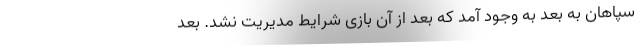
سپاهان به بعد به وجود آمد که بعد از آن بازی شرایط مدیریت نشد. بعد